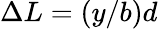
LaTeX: \Delta L=(y/b)d